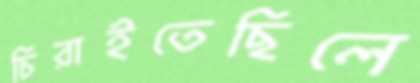
চিরাইতেছিলে